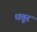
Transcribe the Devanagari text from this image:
धतूर